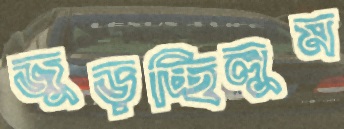
জুড়চ্ছিলুম